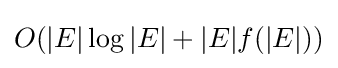
O(|E|\log |E|+|E|f(|E|))